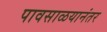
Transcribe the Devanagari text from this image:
पावसाळयानंतर